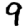
Digit: 9